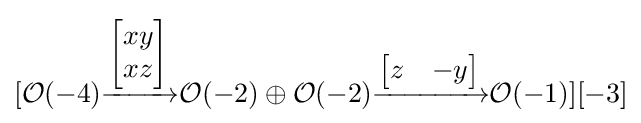
[{\mathcal {O}}(-4){\xrightarrow {\begin{bmatrix}xy\\xz\end{bmatrix}}}{\mathcal {O}}(-2)\oplus {\mathcal {O}}(-2){\xrightarrow {\begin{bmatrix}z&-y\end{bmatrix}}}{\mathcal {O}}(-1)][-3]